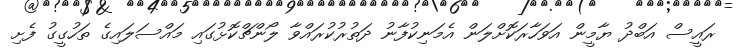
ރައީސް އަބްދު ޔާމީން އަވަހާރަކޮށްލަން އެމަނިކުފާނު ދަތުރުކުރައްވާ ލޯންޗްކޮޅުގައި މައްސަލައިގެ ތަހުގީގު ފެށި